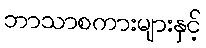
ဘာသာစကားများနှင့်